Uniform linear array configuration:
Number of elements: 24
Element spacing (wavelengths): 0.25
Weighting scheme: kaiser
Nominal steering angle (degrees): -30
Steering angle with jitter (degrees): -30.211
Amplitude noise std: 0.05
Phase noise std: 0.05

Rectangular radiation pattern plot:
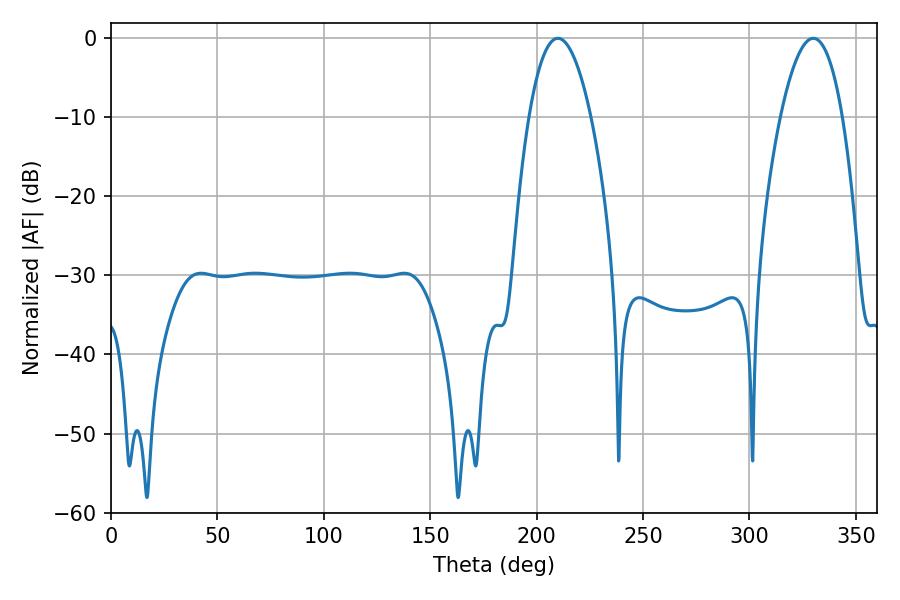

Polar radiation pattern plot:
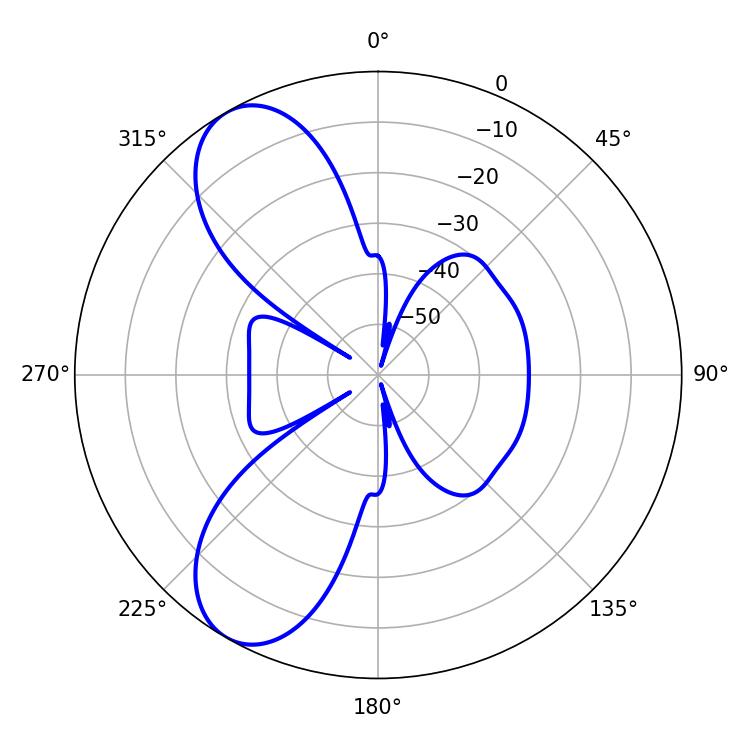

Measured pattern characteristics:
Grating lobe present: FALSE
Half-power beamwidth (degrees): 16.02
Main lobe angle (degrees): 210.06